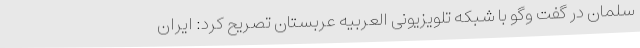
سلمان در گفت وگو با شبکه تلویزیونی العربیه عربستان تصریح کرد: ایران